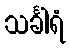
သင်္ခါရံ